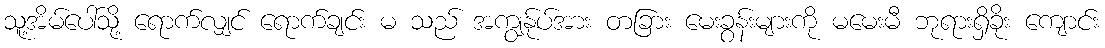
သူ့အိမ်ပေါ်သို့ ရောက်လျှင် ရောက်ချင်း မ သည် အကျွန်ုပ်အား တခြား မေးခွန်းများကို မမေးမီ ဘုရားရှိခိုး ကျောင်း